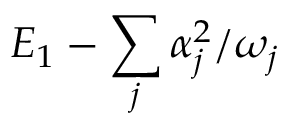
E _ { 1 } - \sum _ { j } { \alpha _ { j } ^ { 2 } } / { \omega _ { j } }